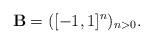
LaTeX: \begin{align*}\mathbf{B} = ([-1,1]^n)_{n > 0}.\end{align*}